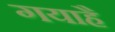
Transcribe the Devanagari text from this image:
गयाहै